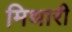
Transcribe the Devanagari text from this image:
मिथारी